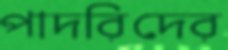
পাদরিদের